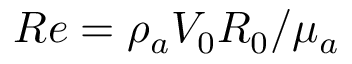
R e = { \rho } _ { a } V _ { 0 } R _ { 0 } / { \mu } _ { a }